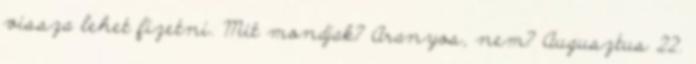
vissza lehet fizetni. Mit mondjak? Aranyos, nem? Augusztus 22.